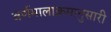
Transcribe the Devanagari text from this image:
वर्णमालाक्रमानुसारी